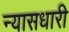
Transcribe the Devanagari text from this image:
न्यासधारी